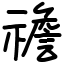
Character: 䄡